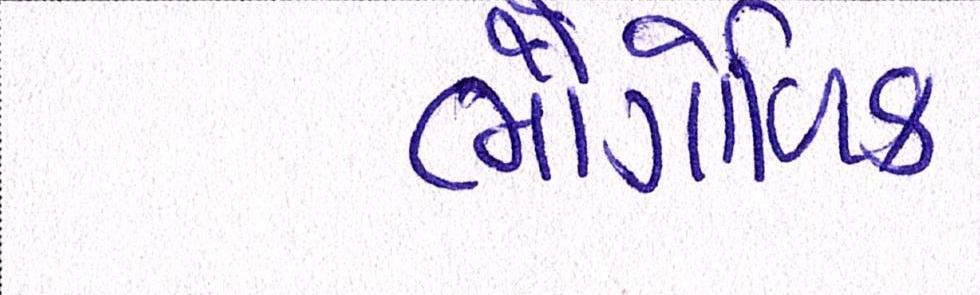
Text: ભૌગોળિક